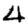
Digit: 4